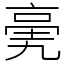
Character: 亴